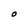
Character: O